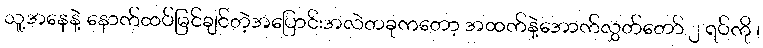
သူ့အနေနဲ့ နောက်ထပ်မြင်ချင်တဲ့အပြောင်းအလဲတခုကတော့ အထက်နဲ့အောက်လွှတ်တော် ၂ ရပ်ကို ၊